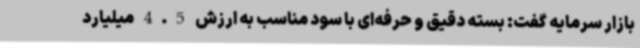
بازار سرمایه گفت: بسته دقیق و حرفه‌ای با سود مناسب به ارزش 4.5 میلیارد